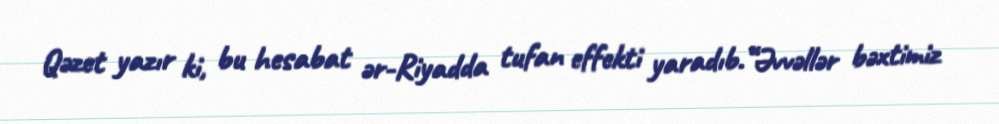
Qəzet yazır ki, bu hesabat ər-Riyadda tufan effekti yaradıb.“Əvvəllər bəxtimiz